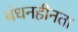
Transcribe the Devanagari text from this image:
बंधनहीनता